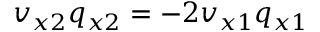
v _ { x 2 } q _ { x 2 } = - 2 v _ { x 1 } q _ { x 1 }